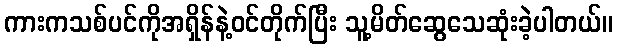
ကားကသစ်ပင်ကိုအရှိန်နဲ့ဝင်တိုက်ပြီး သူ့မိတ်ဆွေသေဆုံးခဲ့ပါတယ်။